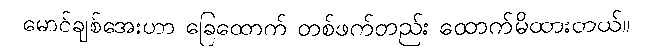
မောင်ချစ်အေးဟာ ခြေထောက် တစ်ဖက်တည်း ထောက်မိထားတယ်။